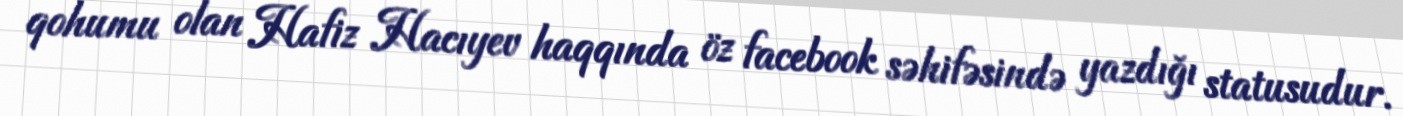
qohumu olan Hafiz Hacıyev haqqında öz facebook səhifəsində yazdığı statusudur.